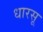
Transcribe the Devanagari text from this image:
धारसू